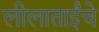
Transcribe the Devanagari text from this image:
लीलाताईंचे